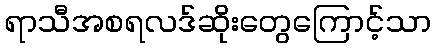
ရာသီအစရလဒ်ဆိုးတွေကြောင့်သာ